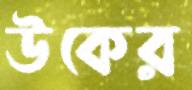
উকের